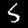
Label: 5